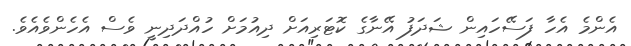
އެންމެ އެހާ ފަސޭހައިން ޝަދަފު އޭނާގެ ކޮޓަރިއަށް ދިއުމަށް ހުއްދަދިނީ ވެސް އެހެންވެއެވެ.